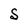
Character: S